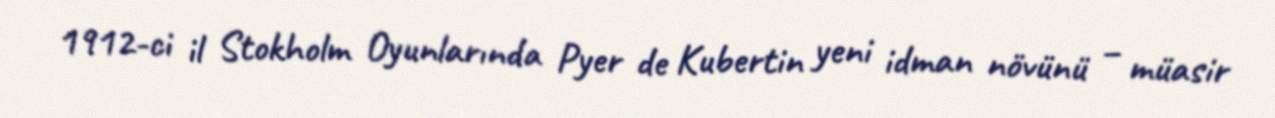
1912-ci il Stokholm Oyunlarında Pyer de Kubertin yeni idman növünü – müasir